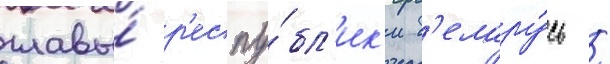
главы́ р'еспу́бл'ик'и б'елару́сь /